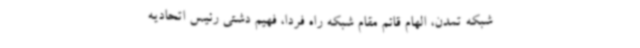
شبکه تمدن، الهام قائم مقام شبکه راه فردا، فهیم دشتی رئیس اتحادیه